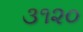
૩૧૨૦